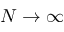
N \to \infty